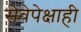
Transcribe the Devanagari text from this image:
सेवेपेक्षाही